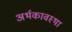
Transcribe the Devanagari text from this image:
अर्भकावस्था